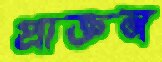
প্রাক্তন